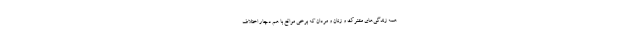
همه زندگی‌های مشترک و زنان و مردان که برخی مواقع با هم دچار اختلاف